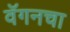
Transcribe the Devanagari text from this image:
वॅगनचा